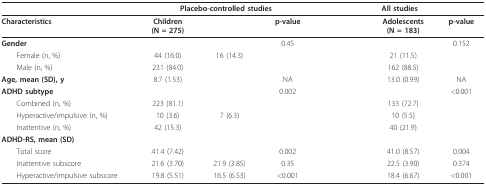
<table><thead><tr><td>[EMPTY_CELL]</td><td colspan="3"><b>Placebo-controlled studies</b></td><td colspan="3"><b>All studies</b></td></tr></thead><tbody><tr><td><b>Characteristics</b></td><td><b>Children</b><b>(N = 275)</b></td><td>[EMPTY_CELL]</td><td><b>p-value</b></td><td>[EMPTY_CELL]</td><td><b>Adolescents</b><b>(N = 183)</b></td><td><b>p-value</b></td></tr><tr><td><b>Gender</b></td><td>[EMPTY_CELL]</td><td>[EMPTY_CELL]</td><td>0.45</td><td>[EMPTY_CELL]</td><td>[EMPTY_CELL]</td><td>0.152</td></tr><tr><td> Female (n, %)</td><td>44 (16.0)</td><td>16 (14.3)</td><td>[EMPTY_CELL]</td><td>[EMPTY_CELL]</td><td>21 (11.5)</td><td>[EMPTY_CELL]</td></tr><tr><td> Male (n, %)</td><td>231 (84.0)</td><td>[EMPTY_CELL]</td><td>[EMPTY_CELL]</td><td>[EMPTY_CELL]</td><td>162 (88.5)</td><td>[EMPTY_CELL]</td></tr><tr><td><b>Age, mean (SD), y</b></td><td>8.7 (1.53)</td><td>[EMPTY_CELL]</td><td>NA</td><td>[EMPTY_CELL]</td><td>13.0 (0.99)</td><td>NA</td></tr><tr><td><b>ADHD subtype</b></td><td>[EMPTY_CELL]</td><td>[EMPTY_CELL]</td><td>0.002</td><td>[EMPTY_CELL]</td><td>[EMPTY_CELL]</td><td>&lt;0.001</td></tr><tr><td> Combined (n, %)</td><td>223 (81.1)</td><td>[EMPTY_CELL]</td><td>[EMPTY_CELL]</td><td>[EMPTY_CELL]</td><td>133 (72.7)</td><td>[EMPTY_CELL]</td></tr><tr><td> Hyperactive/impulsive (n, %)</td><td>10 (3.6)</td><td>7 (6.3)</td><td>[EMPTY_CELL]</td><td>[EMPTY_CELL]</td><td>10 (5.5)</td><td>[EMPTY_CELL]</td></tr><tr><td> Inattentive (n, %)</td><td>42 (15.3)</td><td>[EMPTY_CELL]</td><td>[EMPTY_CELL]</td><td>[EMPTY_CELL]</td><td>40 (21.9)</td><td>[EMPTY_CELL]</td></tr><tr><td><b>ADHD-RS, mean (SD)</b></td><td>[EMPTY_CELL]</td><td>[EMPTY_CELL]</td><td>[EMPTY_CELL]</td><td>[EMPTY_CELL]</td><td>[EMPTY_CELL]</td><td>[EMPTY_CELL]</td></tr><tr><td> Total score</td><td>41.4 (7.42)</td><td>[EMPTY_CELL]</td><td>0.002</td><td>[EMPTY_CELL]</td><td>41.0 (8.57)</td><td>0.004</td></tr><tr><td> Inattentive subscore</td><td>21.6 (3.70)</td><td>21.9 (3.85)</td><td>0.35</td><td>[EMPTY_CELL]</td><td>22.5 (3.90)</td><td>0.374</td></tr><tr><td> Hyperactive/impulsive subscore</td><td>19.8 (5.51)</td><td>16.5 (6.53)</td><td>&lt;0.001</td><td>[EMPTY_CELL]</td><td>18.4 (6.67)</td><td>&lt;0.001</td></tr></tbody></table>